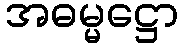
အဓမ္မဋ္ဌော